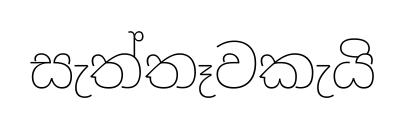
සැත්තෑවකැයි